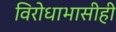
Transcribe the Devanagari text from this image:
विरोधाभासीही